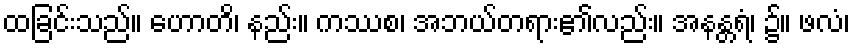
ထခြင်းသည်။ ဟောတိ၊ နည်း။ ကဿစ၊ အဘယ်တရား၏လည်း။ အနန္တရံ၊ ၌။ ဖလံ၊